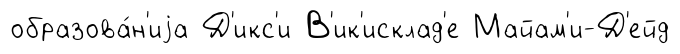
образова́н'иjа Д'икс'и В'ик'исклад'е Майам'и-Д'ейд